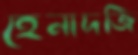
হেনাদজি